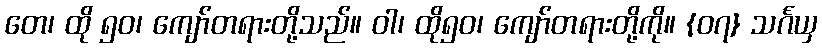
တေ၊ ထို ၅၀၊ ကျော်တရားတို့သည်။ ဝါ၊ ထို၅၀၊ ကျော်တရားတို့ကို။ {၀၇} သင်္ဂယှ